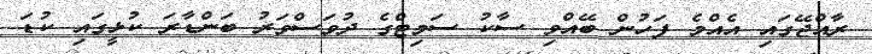
ރާއްޖޭގައި އެއްމެ ފަހުން ބޭއްވި ސާކު ސަމިޓްގެ ދުވަސްވަރު ބަންޑާރަ ކުޅީގައި ކުޑަ